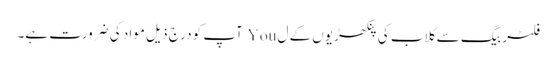
فلٹر بیگ سے گلاب کی پنکھڑیوں کے ل You آپ کو درج ذیل مواد کی ضرورت ہے۔